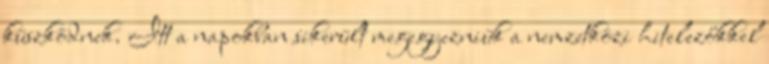
küszködnek. Itt a napokban sikerült megegyezniük a nemzetközi hitelezőkkel